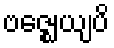
ဗဇ္ဈေယျပိ